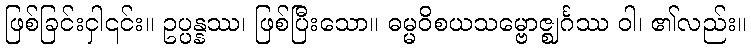
ဖြစ်ခြင်းငှါ၎င်း။ ဥပ္ပန္နဿ၊ ဖြစ်ပြီးသော။ ဓမ္မဝိစယသမ္ဗောဇ္ဈင်္ဂဿ ဝါ၊ ၏လည်း။